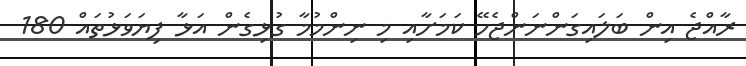
ރާއްޖެ އިން ބަލައިގަންނަންޖެހޭ ކަމަށާއި މި ނިންމުމާ ގުޅިގެން އަޅާ ފިޔަވަޅުތައް 180